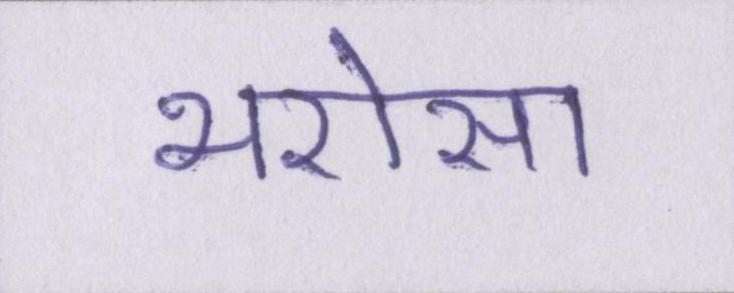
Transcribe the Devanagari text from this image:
भरोसा